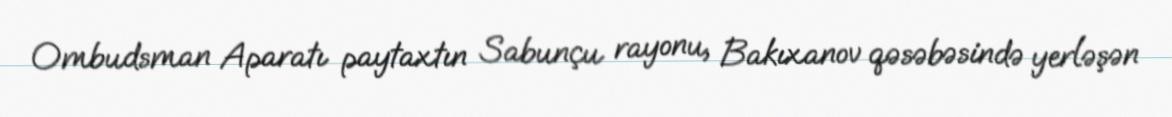
Ombudsman Aparatı paytaxtın Sabunçu rayonu, Bakıxanov qəsəbəsində yerləşən